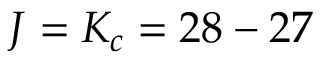
J = K _ { c } = 2 8 - 2 7